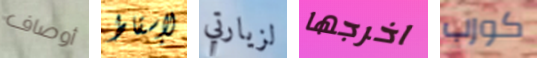
أوصاف لإسقاط لزيارتي اخرجها كورب